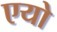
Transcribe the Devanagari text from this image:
एयो